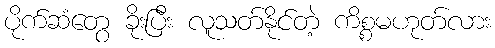
ပိုက်ဆံတွေ ခိုးပြီး လူသတ်နိုင်တဲ့ ကိစ္စမဟုတ်လား